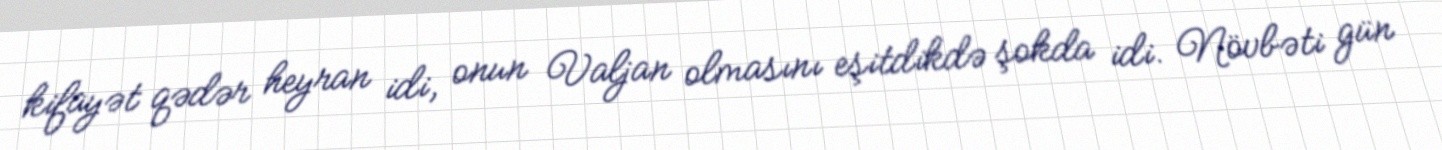
kifayət qədər heyran idi, onun Valjan olmasını eşitdikdə şokda idi. Növbəti gün